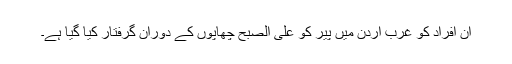
ان افراد کو غربِ اردن میں پیر کو علی الصبح چھاپوں کے دوران گرفتار کیا گیا ہے۔